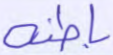
باطنه